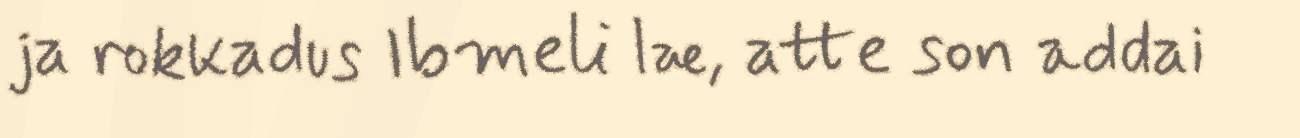
ja rokkadus Ibmeli læ, atte son addai